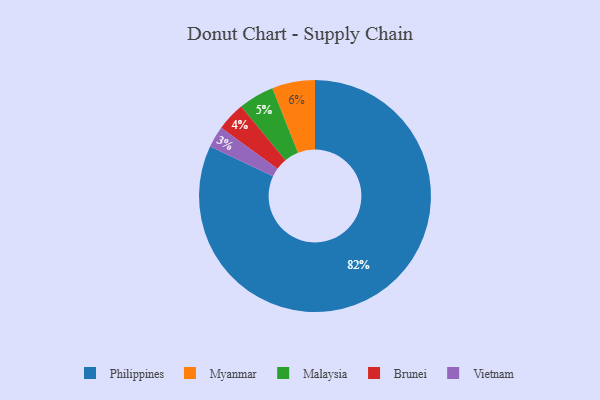
{"axis": {"x": "Category", "y": "Percentage"}, "legend": ["Brunei", "Malaysia", "Myanmar", "Philippines", "Vietnam"], "data": [{"x": "Philippines", "y": 82, "type": "Philippines"}, {"x": "Brunei", "y": 4, "type": "Brunei"}, {"x": "Malaysia", "y": 5, "type": "Malaysia"}, {"x": "Vietnam", "y": 3, "type": "Vietnam"}, {"x": "Myanmar", "y": 6, "type": "Myanmar"}]}